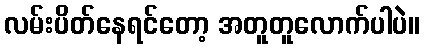
လမ်းပိတ်နေရင်တော့ အတူတူလောက်ပါပဲ။